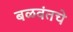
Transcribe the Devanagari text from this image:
बळवंतचे